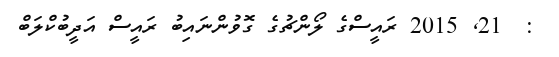
:  21